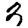
Digit: 3